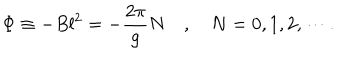
\Phi \equiv - B l ^ { 2 } = - \frac { 2 \pi } { g } N \quad , \quad N = 0 , 1 , 2 , \cdots .